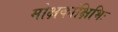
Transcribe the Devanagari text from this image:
मोक्षकांक्षिभिः